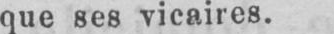
que ses vicaires.